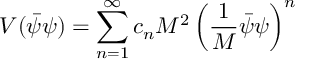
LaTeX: V ( \bar { \psi } \psi ) = \sum _ { n = 1 } ^ { \infty } c _ { n } M ^ { 2 } \left( \frac { 1 } { M } \bar { \psi } \psi \right) ^ { n }